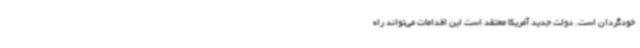
خودگردان است. دولت جدید آمریکا معتقد است این اقدامات می‌تواند راه